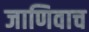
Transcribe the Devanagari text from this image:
जाणिवाच